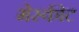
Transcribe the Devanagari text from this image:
मेस्कीट